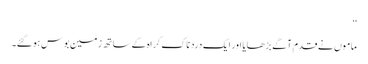
‘‘
ماموں نے قدم آگے بڑھایا اور ایک درد ناک کراہ کے ساتھ زمین بوس ہوگئے۔